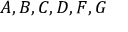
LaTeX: A , B , C , D , F , G